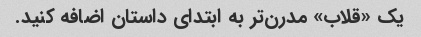
یک «قلاب» مدرن‌تر به ابتدای داستان اضافه کنید.